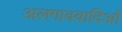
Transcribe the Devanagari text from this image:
अलगाववादिओं